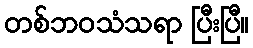
တစ်ဘဝသံသရာ ပြီးပြီ။